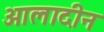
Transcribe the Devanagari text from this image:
आलादीन